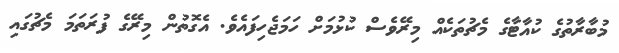
މުބާރާތުގެ ކުއާޓާގެ މެޗުތަކެއް މިރޭވެސް ކުޅުމަށް ހަމަޖެހިފައެވެ. އެގޮތުން މިރޭގެ ފުރަތަމަ މެޗުގައި